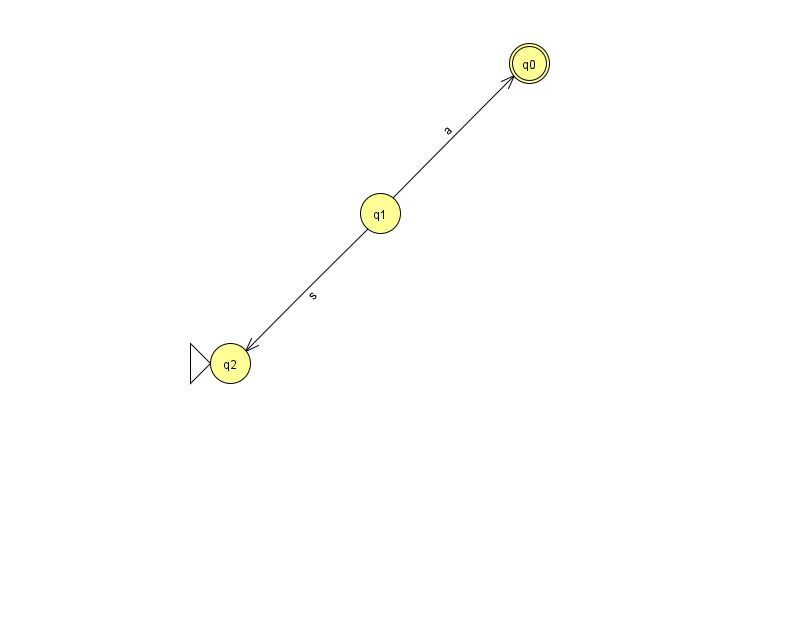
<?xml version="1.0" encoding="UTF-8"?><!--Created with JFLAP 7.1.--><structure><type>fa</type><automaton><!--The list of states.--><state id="0" name="q0"><x>529.0</x><y>50.0</y><final/></state><state id="1" name="q1"><x>380.0</x><y>200.0</y></state><state id="2" name="q2"><x>230.0</x><y>350.0</y><initial/></state><!--The list of transitions.--><transition><from>1</from><to>2</to><read>s</read></transition><transition><from>1</from><to>0</to><read>a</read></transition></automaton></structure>